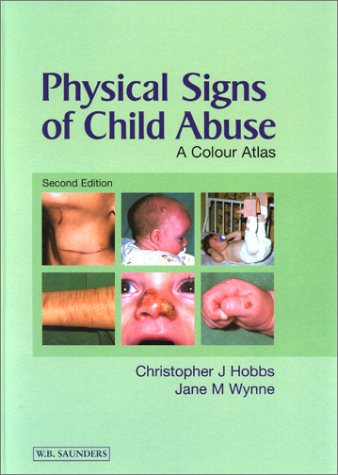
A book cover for Physical Signs of Child Abuse, 2nd Edition; Christopher J. Hobbs BSc  MB  BS  FRCP  DObstRCOG  FRCPCH; Teen & Young Adult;